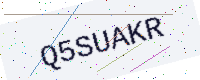
Text: Q5SUAKR